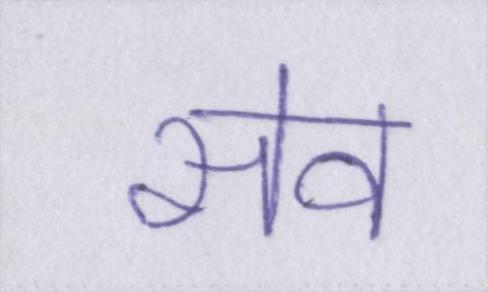
सेव